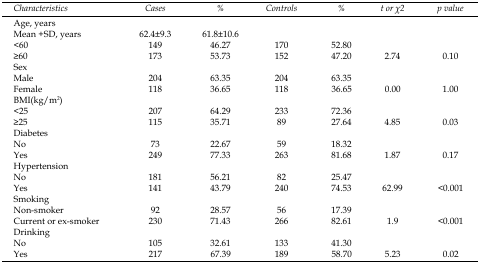
<table><thead><tr><td><b>Characteristics</b></td><td><b>Cases</b></td><td><b>%</b></td><td><b>Controls</b></td><td><b>%</b></td><td><b><i>t</i> or χ<sup>2</sup></b></td><td><b>p value</b></td></tr></thead><tbody><tr><td>Age, years</td><td></td><td></td><td></td><td></td><td></td><td></td></tr><tr><td>Mean +SD, years</td><td colspan="2">62.4±9.3</td><td colspan="2">61.8±10.6</td><td></td><td></td></tr><tr><td>&lt;60</td><td>149</td><td>46.27 </td><td>170</td><td>52.80 </td><td></td><td></td></tr><tr><td>≥60</td><td>173</td><td>53.73 </td><td>152</td><td>47.20 </td><td>2.74</td><td>0.10</td></tr><tr><td>Sex</td><td></td><td></td><td></td><td></td><td></td><td></td></tr><tr><td>Male</td><td>204</td><td>63.35 </td><td>204</td><td>63.35 </td><td></td><td></td></tr><tr><td>Female</td><td>118</td><td>36.65 </td><td>118</td><td>36.65 </td><td>0.00</td><td>1.00</td></tr><tr><td>BMI(kg/m<sup>2</sup>)</td><td></td><td></td><td></td><td></td><td></td><td></td></tr><tr><td>&lt;25</td><td>207</td><td>64.29 </td><td>233</td><td>72.36 </td><td></td><td></td></tr><tr><td>≥25</td><td>115</td><td>35.71 </td><td>89</td><td>27.64 </td><td>4.85</td><td>0.03</td></tr><tr><td>Diabetes</td><td></td><td></td><td></td><td></td><td></td><td></td></tr><tr><td>No</td><td>73</td><td>22.67 </td><td>59</td><td>18.32 </td><td></td><td></td></tr><tr><td>Yes</td><td>249</td><td>77.33 </td><td>263</td><td>81.68 </td><td>1.87</td><td>0.17</td></tr><tr><td>Hypertension</td><td></td><td></td><td></td><td></td><td></td><td></td></tr><tr><td>No</td><td>181</td><td>56.21 </td><td>82</td><td>25.47 </td><td></td><td></td></tr><tr><td>Yes</td><td>141</td><td>43.79 </td><td>240</td><td>74.53 </td><td>62.99</td><td>&lt;0.001</td></tr><tr><td>Smoking</td><td></td><td></td><td></td><td></td><td></td><td></td></tr><tr><td>Non-smoker</td><td>92</td><td>28.57 </td><td>56</td><td>17.39 </td><td></td><td></td></tr><tr><td>Current or ex-smoker</td><td>230</td><td>71.43 </td><td>266</td><td>82.61 </td><td>1.9</td><td>&lt;0.001</td></tr><tr><td>Drinking</td><td></td><td></td><td></td><td></td><td></td><td></td></tr><tr><td>No</td><td>105</td><td>32.61 </td><td>133</td><td>41.30 </td><td></td><td></td></tr><tr><td>Yes</td><td>217</td><td>67.39 </td><td>189</td><td>58.70 </td><td>5.23</td><td>0.02</td></tr></tbody></table>